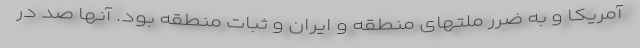
آمریکا و به ضرر ملتهای منطقه و ایران و ثبات منطقه بود. آنها صد در